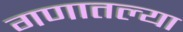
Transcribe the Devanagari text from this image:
गणातल्या